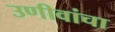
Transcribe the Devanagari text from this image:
उणीवांचा